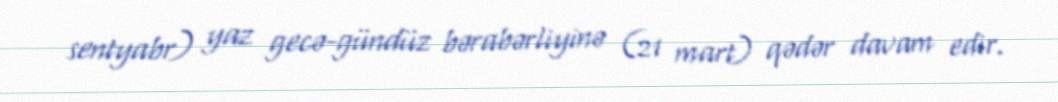
sentyabr) yaz gecə-gündüz bərabərliyinə (21 mart) qədər davam edir.